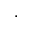
\cdot